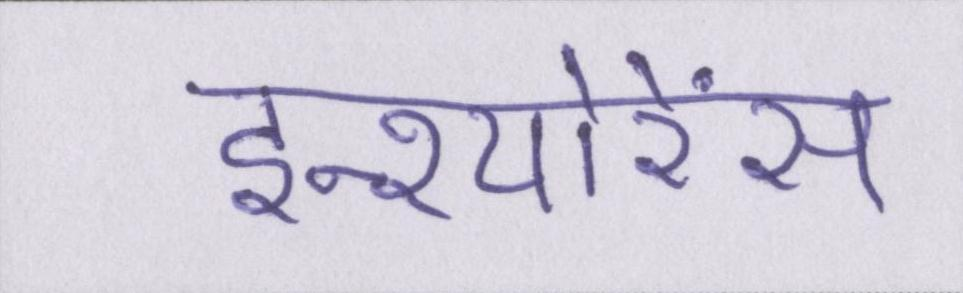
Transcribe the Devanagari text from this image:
इन्श्योरेंस